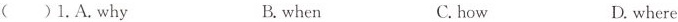
( ) 1. A. Why B. when C. how D. where